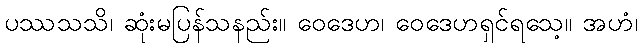
ပဿသသိ၊ ဆုံးမပြန်သနည်း။ ဝေဒေဟ၊ ဝေဒေဟရှင်ရသေ့။ အဟံ၊